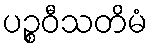
ပဉ္စဝီသတိမံ